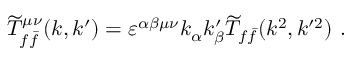
{ \widetilde T } _ { f \bar { f } } ^ { \mu \nu } ( k , k ^ { \prime } ) = \varepsilon ^ { \alpha \beta \mu \nu } k _ { \alpha } k _ { \beta } ^ { \prime } { \widetilde T } _ { f \bar { f } } ( k ^ { 2 } , k ^ { \prime 2 } ) ~ .